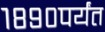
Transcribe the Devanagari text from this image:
१८९०पर्यंत